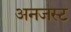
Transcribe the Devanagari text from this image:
अनजस्ट